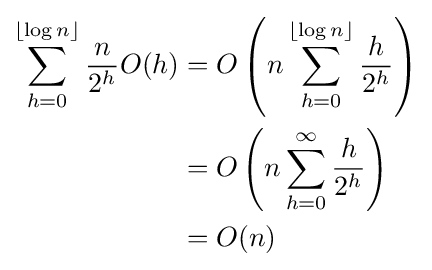
{\begin{aligned}\sum _{h=0}^{\lfloor \log n\rfloor }{\frac {n}{2^{h}}}O(h)&=O\left(n\sum _{h=0}^{\lfloor \log n\rfloor }{\frac {h}{2^{h}}}\right)\\&=O\left(n\sum _{h=0}^{\infty }{\frac {h}{2^{h}}}\right)\\&=O(n)\end{aligned}}